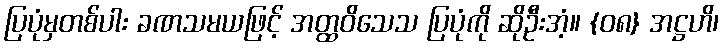
ပြပုံမှတစ်ပါး ခဏသမယဖြင့် အတ္ထဝိသေသ ပြပုံကို ဆိုဦးအံ့။ {၀၈} အဋ္ဌဟိ၊